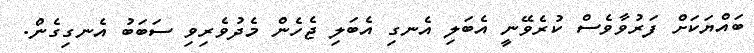
ބައްޔަކަށް ފަރުވާވެސް ކުރެވޭނީ އެބަލި އެނގި އެބަލި ޖެހެން މެދުވެރިވި ސަބަބު އެނގިގެން.